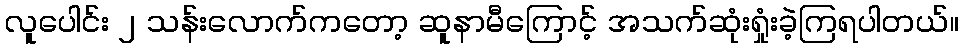
လူပေါင်း ၂ သန်းလောက်ကတော့ ဆူနာမီကြောင့် အသက်ဆုံးရှုံးခဲ့ကြရပါတယ်။